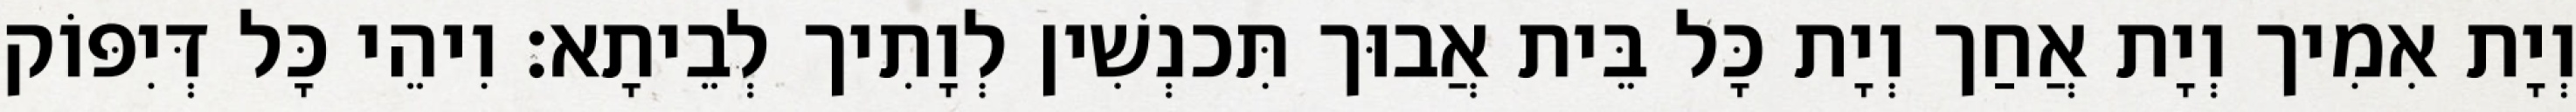
וְיָת אִמִיך וְיָת אֲחַך וְיָת כָּל בֵּית אֲבוּך תִּכנְשִׁין לְוָתִיך לְבֵיתָא׃ וִיהֵי כָּל דְּיִפּוֹק